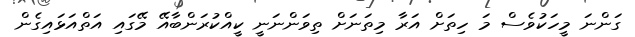
ގަންނަ މީހަކުވެސް މަ ހިތަށް އަރާ މިތަނަށް ތިވަންނަނީ ކީއްކުރަންބާއޭ މޭގައި އަތްއަޅައިގެން